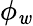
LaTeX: \phi_{\mathit{w}}